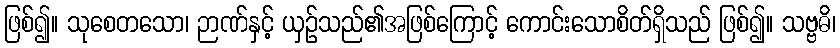
ဖြစ်၍။ သုစေတသော၊ ဉာဏ်နှင့် ယှဉ်သည်၏အဖြစ်ကြောင့် ကောင်းသောစိတ်ရှိသည် ဖြစ်၍။ သဗ္ဗဓိ၊